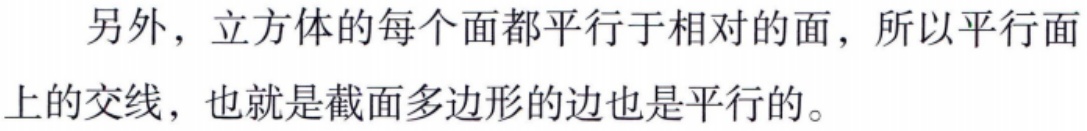
另外，立方体的每个面都平行于相对的面，所以平行面上的交线，也就是截面多边形的边也是平行的。